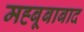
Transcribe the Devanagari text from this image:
मह्बूबाबाद